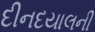
દીનદયાલની